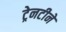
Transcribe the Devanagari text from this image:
ट्रेनटीनें